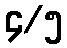
၄/၅